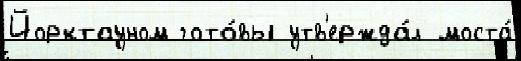
Йорктауном гото́вы утв'ержда́л моста́